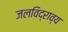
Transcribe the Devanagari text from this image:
जलविद्राव्य